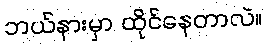
ဘယ်နားမှာ ထိုင်နေတာလဲ။